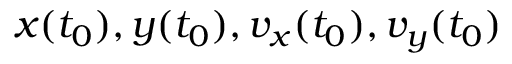
x ( t _ { 0 } ) , y ( t _ { 0 } ) , v _ { x } ( t _ { 0 } ) , v _ { y } ( t _ { 0 } )